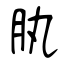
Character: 肒